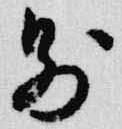
則